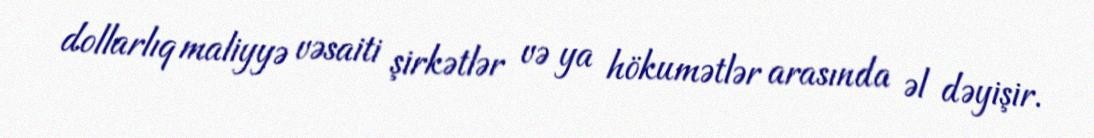
dollarlıq maliyyə vəsaiti şirkətlər və ya hökumətlər arasında əl dəyişir.